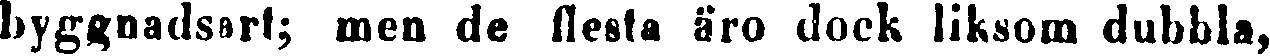
byggnadsart; men de flesta äro dock liksom dubbla,